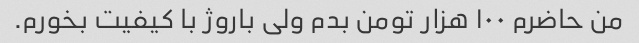
من حاضرم ۱۰۰ هزار تومن بدم ولی باروژ با کیفیت بخورم.